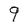
Character: 9